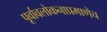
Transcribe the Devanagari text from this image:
पूर्वावलोकनाप्रमाणेच